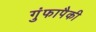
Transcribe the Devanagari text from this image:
गुंफापैकी